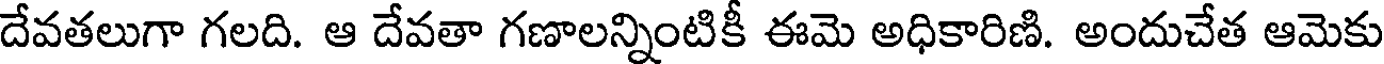
దేవతలుగా గలది. ఆ దేవతా గణాలన్నింటికీ ఈమె అధికారిణి. అందుచేత ఆమెకు